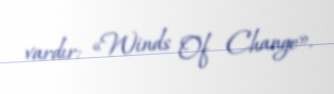
vardır: «Winds Of Change».